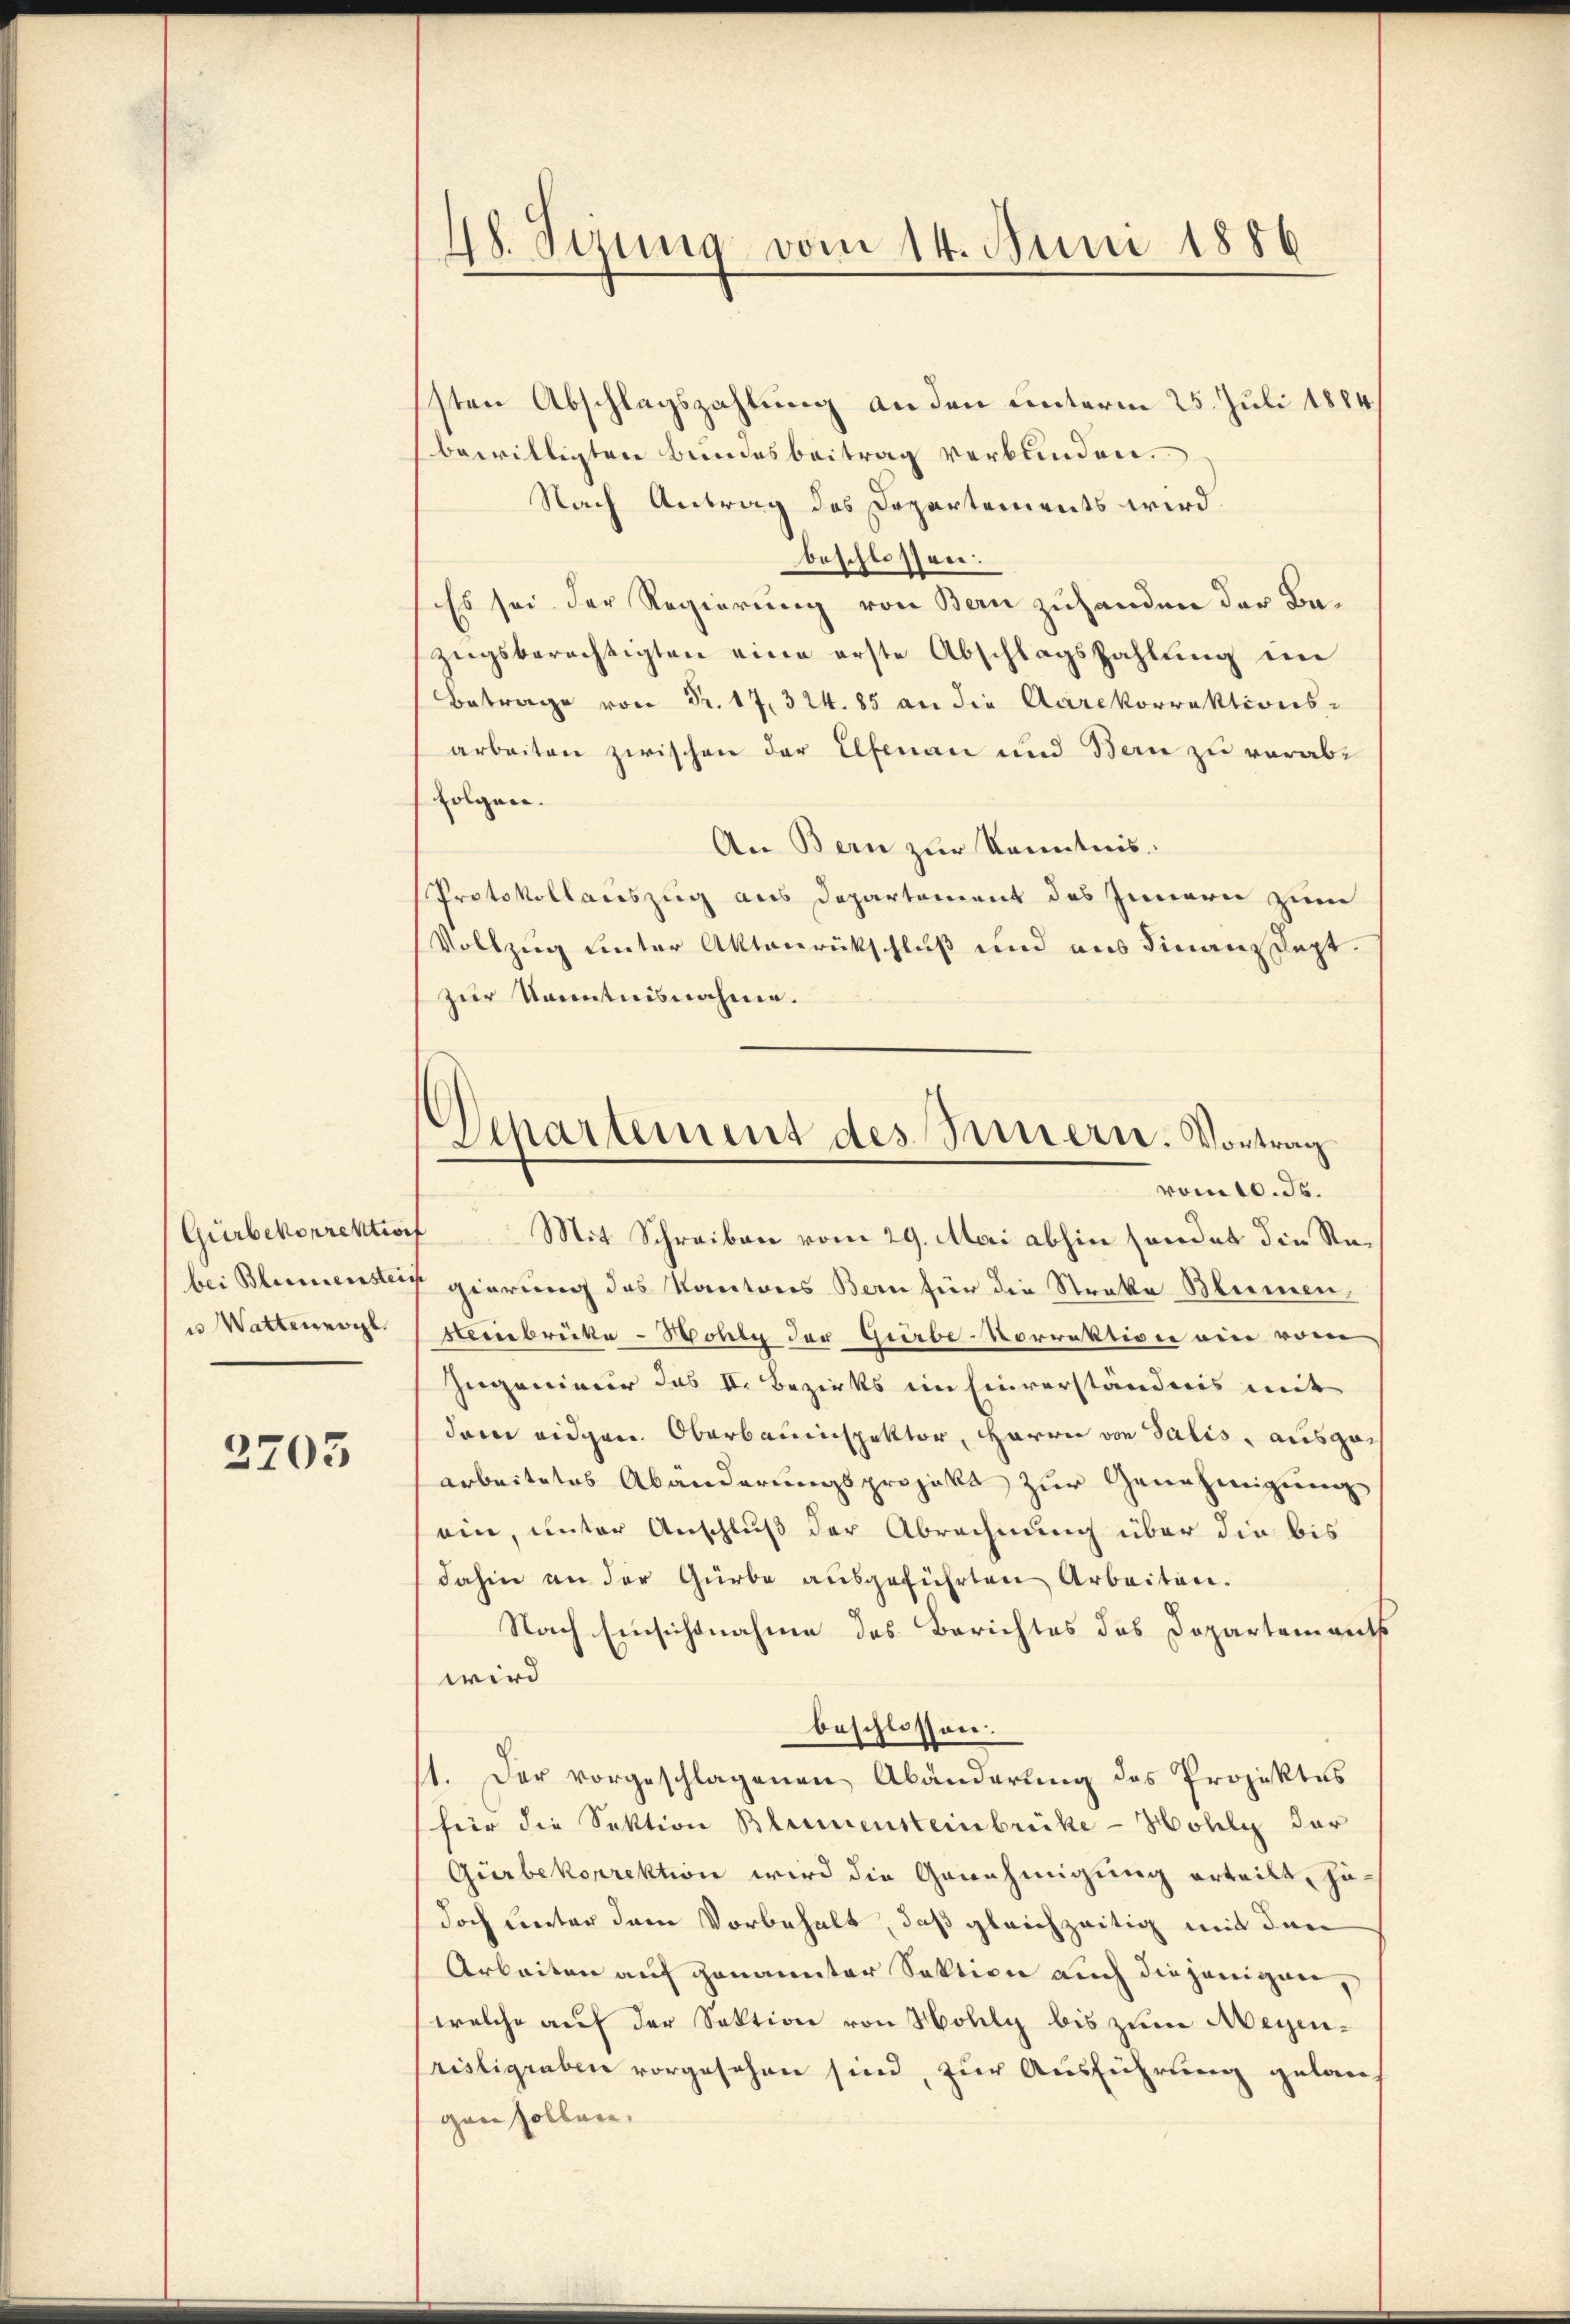
bei Blumenstein
u Watteneogl

3703

48. Sizung vom 14. Juni 1886

sten Abschlagszahlung an den unterm 25. Juli 1884
bewilligten Bundesbeitrag verbunden.
Nach Antrag des Departements wird.
beschlossen:
Es sei der Regierung von Bern zuhanden der Bezugsberechtigten eine erste Abschlagszahlung im
Betrag Fr. 17,324. 85 an die Aarekorrektions-
arbeiten zwischen der Elfenau und Bern zu vorabi
folgen.
An Bern zur Kenntnis
Protokollauszug aus Departement des Innern zum
Vollzug unter Aktenrückschluß und aus Finanz Sept.
zur Kenntnisnahme.
Gürbekorrektion Mit Schreiben vom 29. Mai abhin sondet die Regierung des Kantons Bern für die Streke Blumen
Minbrücke - Wolle der Gürbe-Vorrektion ein vom
Jugenieur das II. Bezirks im Einverständnis mit
dem eidgen. Oberbauinspektor, Herrn von Salis, ausgearbeitetes Abänderungsprojekt zur Genehmigung
ein, unter Anschluß der Abrechnung über die bis
dahin an der Gürbe ausgeführten Arbeiten.
Nach Einsichtnahme des Berichtes das Dopartements
wird
beschlossen.
1. Der vorgeschlagenen Abänderung des Projektes
für die Sektion Blumensteinbrücke - Holly der
Gürbekorrektion wird die Genehmigung erteilt, hadoch unter dem Vorbehalt, daß gleichzeitig mit den
Arbeiten auf genannter Sektion auch diejenigen,
welche auf der Sektion von Holly bis zum Negenrisligraben vorgesehen sind, zur Ausführung gelauf
gen sollen,

Separtement des Innern. Vortrag
vom 10. ds.